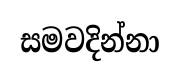
සමවදින්නා